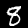
Digit: 8